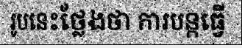
រូបនេះថ្លែងថា ការបន្តធ្វើ